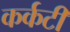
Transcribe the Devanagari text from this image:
कर्कटी